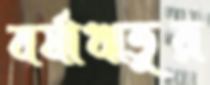
বর্ষাঋতুর